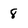
Character: 8